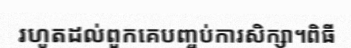
រហូតដល់ពួកគេបញ្ចប់ការសិក្សា។ពិធី